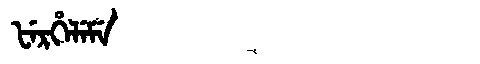
Manchu: ᡶᡝᡵᡥᡝᠯᡝᠮᡝ
Romanization: FERHELEME